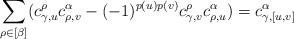
LaTeX: \begin{align*}\sum_{\rho\in[\beta]}(c_{\gamma,u}^{\rho}c_{\rho,v}^{\alpha}-(-1)^{p(u)p(v)}c_{\gamma,v}^{\rho}c_{\rho,u}^{\alpha})=c_{\gamma,[u,v]}^{\alpha}\end{align*}